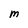
Character: M